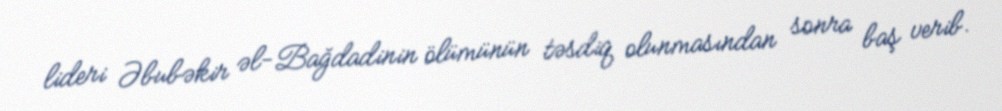
lideri Əbubəkir əl-Bağdadinin ölümünün təsdiq olunmasından sonra baş verib.